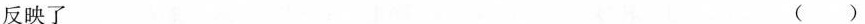
反映了 ( )